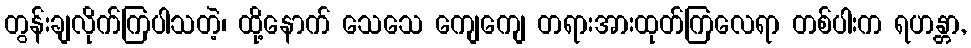
တွန်းချလိုက်ကြပါသတဲ့၊ ထို့နောက် သေသေ ကျေကျေ တရားအားထုတ်ကြလေရာ တစ်ပါးက ရဟန္တာ,